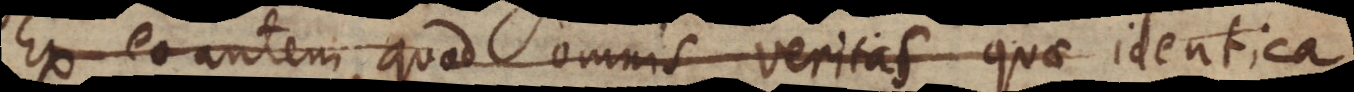
Ex eo autem quod omnis veritas quae identica